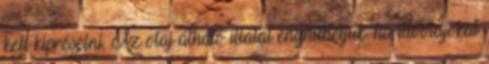
kell kipréselni. Az olaj átható illatát enyhíthetjük, ha illóolajokat